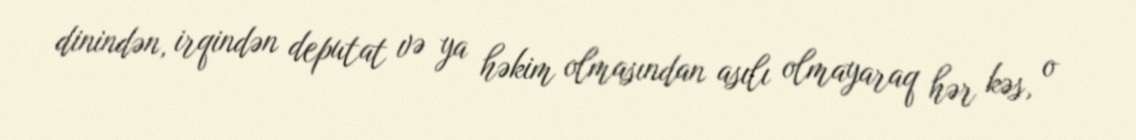
dinindən, irqindən deputat və ya həkim olmasından asılı olmayaraq hər kəs, o